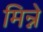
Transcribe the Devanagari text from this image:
मिन्ने